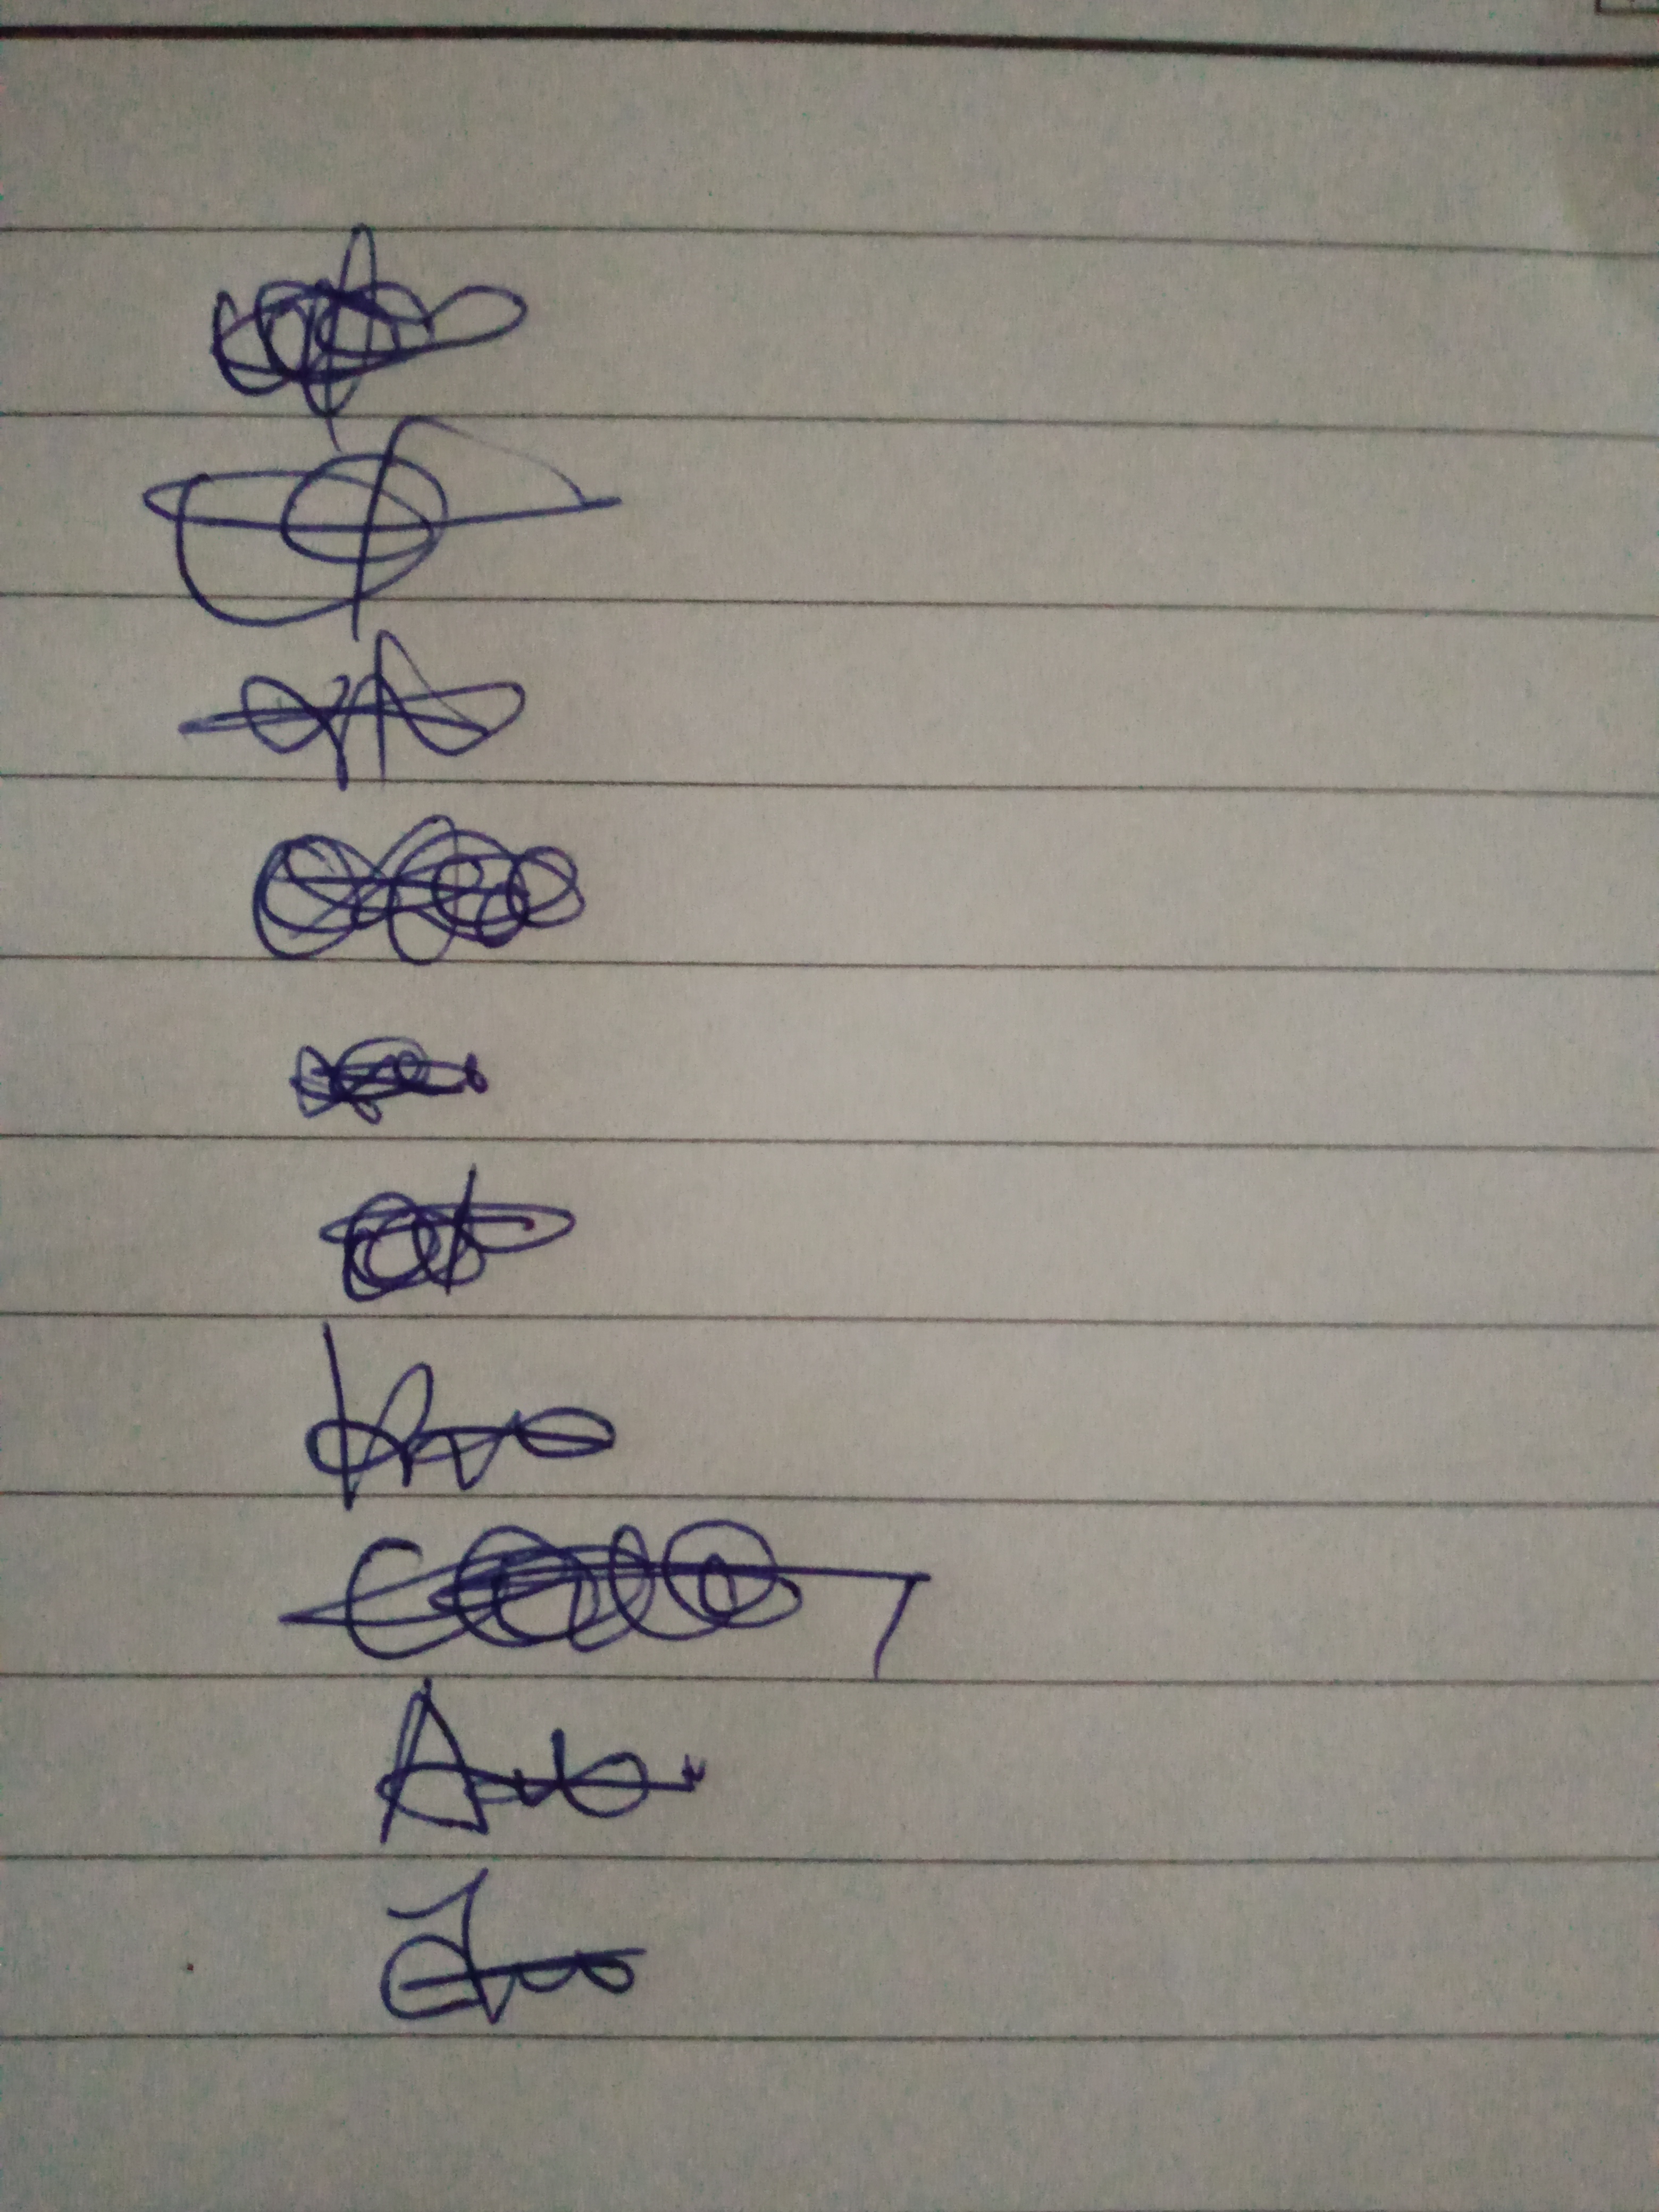
Signature authenticity: forged